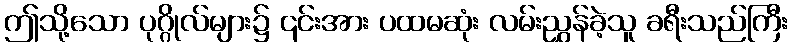
ဤသို့သော ပုဂ္ဂိုလ်များ၌ ၎င်းအား ပထမဆုံး လမ်းညွှန်ခဲ့သူ ခရီးသည်ကြီး